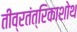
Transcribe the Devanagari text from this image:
तीव्रतंत्रिकाशोथ